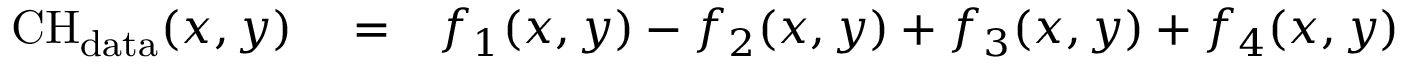
\begin{array} { r l r } { \mathrm { C H } _ { \mathrm { d a t a } } ( x , y ) } & { { } = } & { f _ { 1 } ( x , y ) - f _ { 2 } ( x , y ) + f _ { 3 } ( x , y ) + f _ { 4 } ( x , y ) } \end{array}